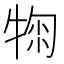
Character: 𤚂